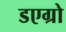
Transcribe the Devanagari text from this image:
डएग्रो